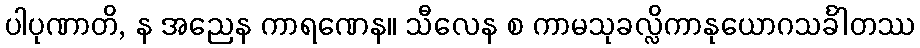
ပါပုဏာတိ, န အညေန ကာရဏေန။ သီလေန စ ကာမသုခလ္လိကာနုယောဂသင်္ခါတဿ